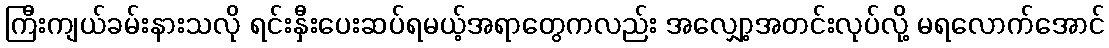
ကြီးကျယ်ခမ်းနားသလို ရင်းနှီးပေးဆပ်ရမယ့်အရာတွေကလည်း အလျှော့အတင်းလုပ်လို့ မရလောက်အောင်